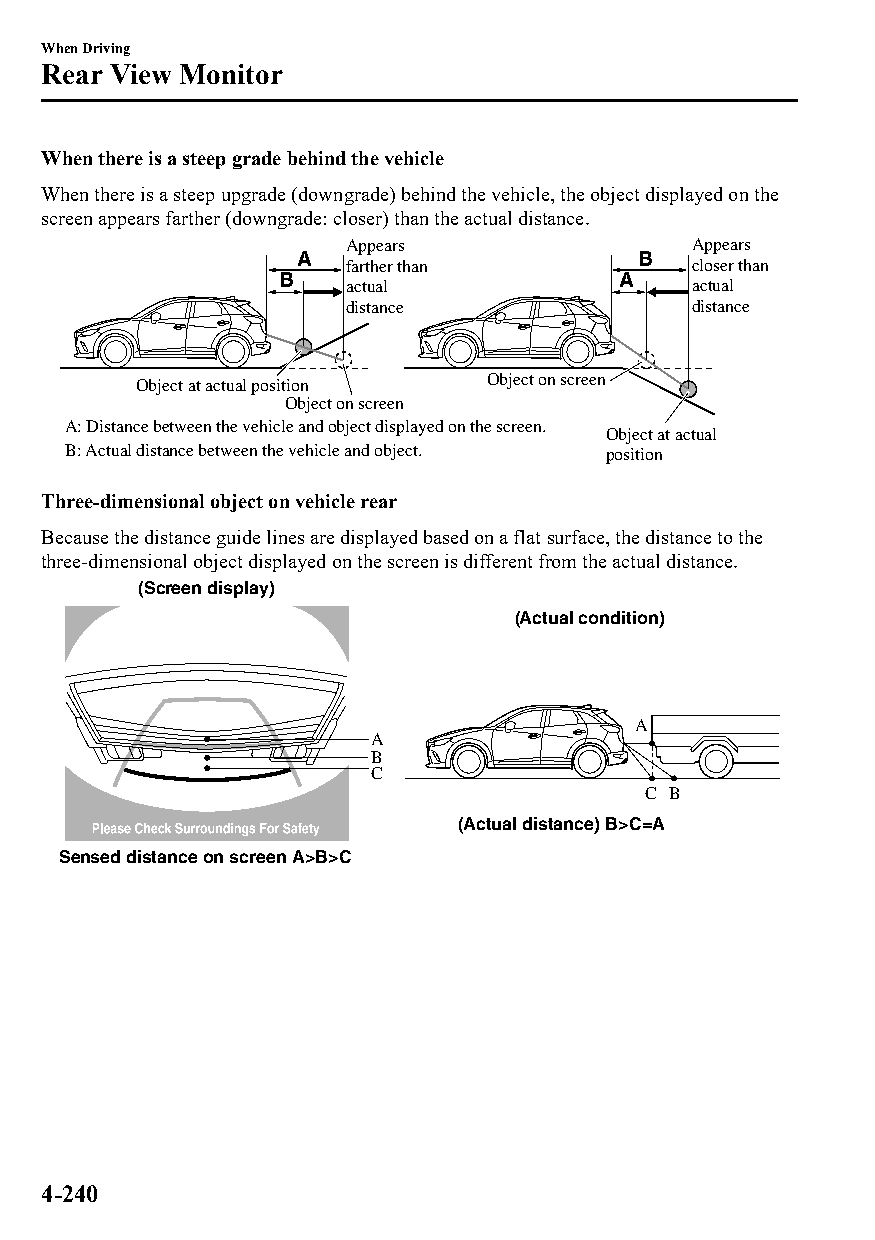
When Driving
 Rear View Monitor
 When there is a steep grade behind the vehicle
 When there is a steep upgrade (downgrade) behind the vehicle, the object displayed on the
 screen appears farther (downgrade: closer) than the actual distance.
 Appears                Appears
 A                      B
 farther than           closer than
 B                      A
 actual                 actual
 distance               distance
 Object at actual position Object on screen
 Object on screen
 A: Distance between the vehicle and object displayed on the screen.
 Object at actual
 B: Actual distance between the vehicle and object. position
 Three-dimensional object on vehicle rear
 Because the distance guide lines are displayed based on a flat surface, the distance to the
 three-dimensional object displayed on the screen is different from the actual distance.
 (Screen display)
 (Actual condition)
 A
 A
 B
 C
 C B
 (Actual distance) B>C=A
 Sensed distance on screen A>B>C
 4-240
 CX-3_8GT4-EE-18D_Edition4                  2018-9-6 18:32:19